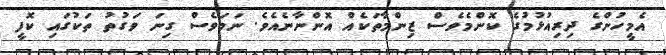
އެމީހުންގެ ދިރިއުޅުމުގެ ކޮންމެވެސް ޒިންމާތަކެއް އޮންނާނެއެވެ. ނަމަވެސް ގިނަ ވަގުތު ތަކުގައި ކޮފީ